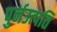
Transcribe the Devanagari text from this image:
पुर्नउत्पति